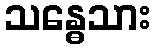
သန္ဓေသား